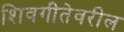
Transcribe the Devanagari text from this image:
शिवगीतेवरील